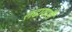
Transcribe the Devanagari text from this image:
लढायांशी